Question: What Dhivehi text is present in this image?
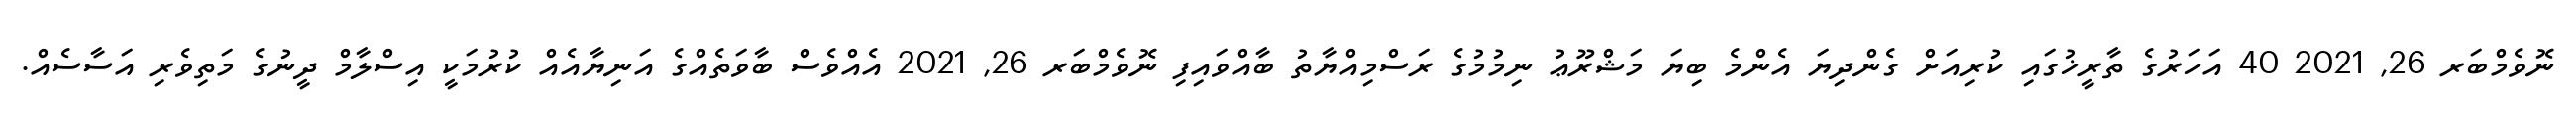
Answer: ނޮވެމްބަރ 26, 2021 40 އަހަރުގެ ތާރީޚުގައި ކުރިއަށް ގެންދިޔަ އެންމެ ބިޔަ މަޝްރޫޢު ނިމުމުގެ ރަސްމިއްޔާތު ބާއްވައިފި ނޮވެމްބަރ 26, 2021 އެއްވެސް ބާވަތެއްގެ އަނިޔާއެއް ކުރުމަކީ އިސްލާމް ދީނުގެ މަތިވެރި އަސާސެއް.